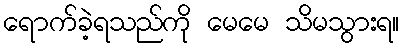
ရောက်ခဲ့ရသည်ကို မေမေ သိမသွားရ။